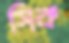
সিক